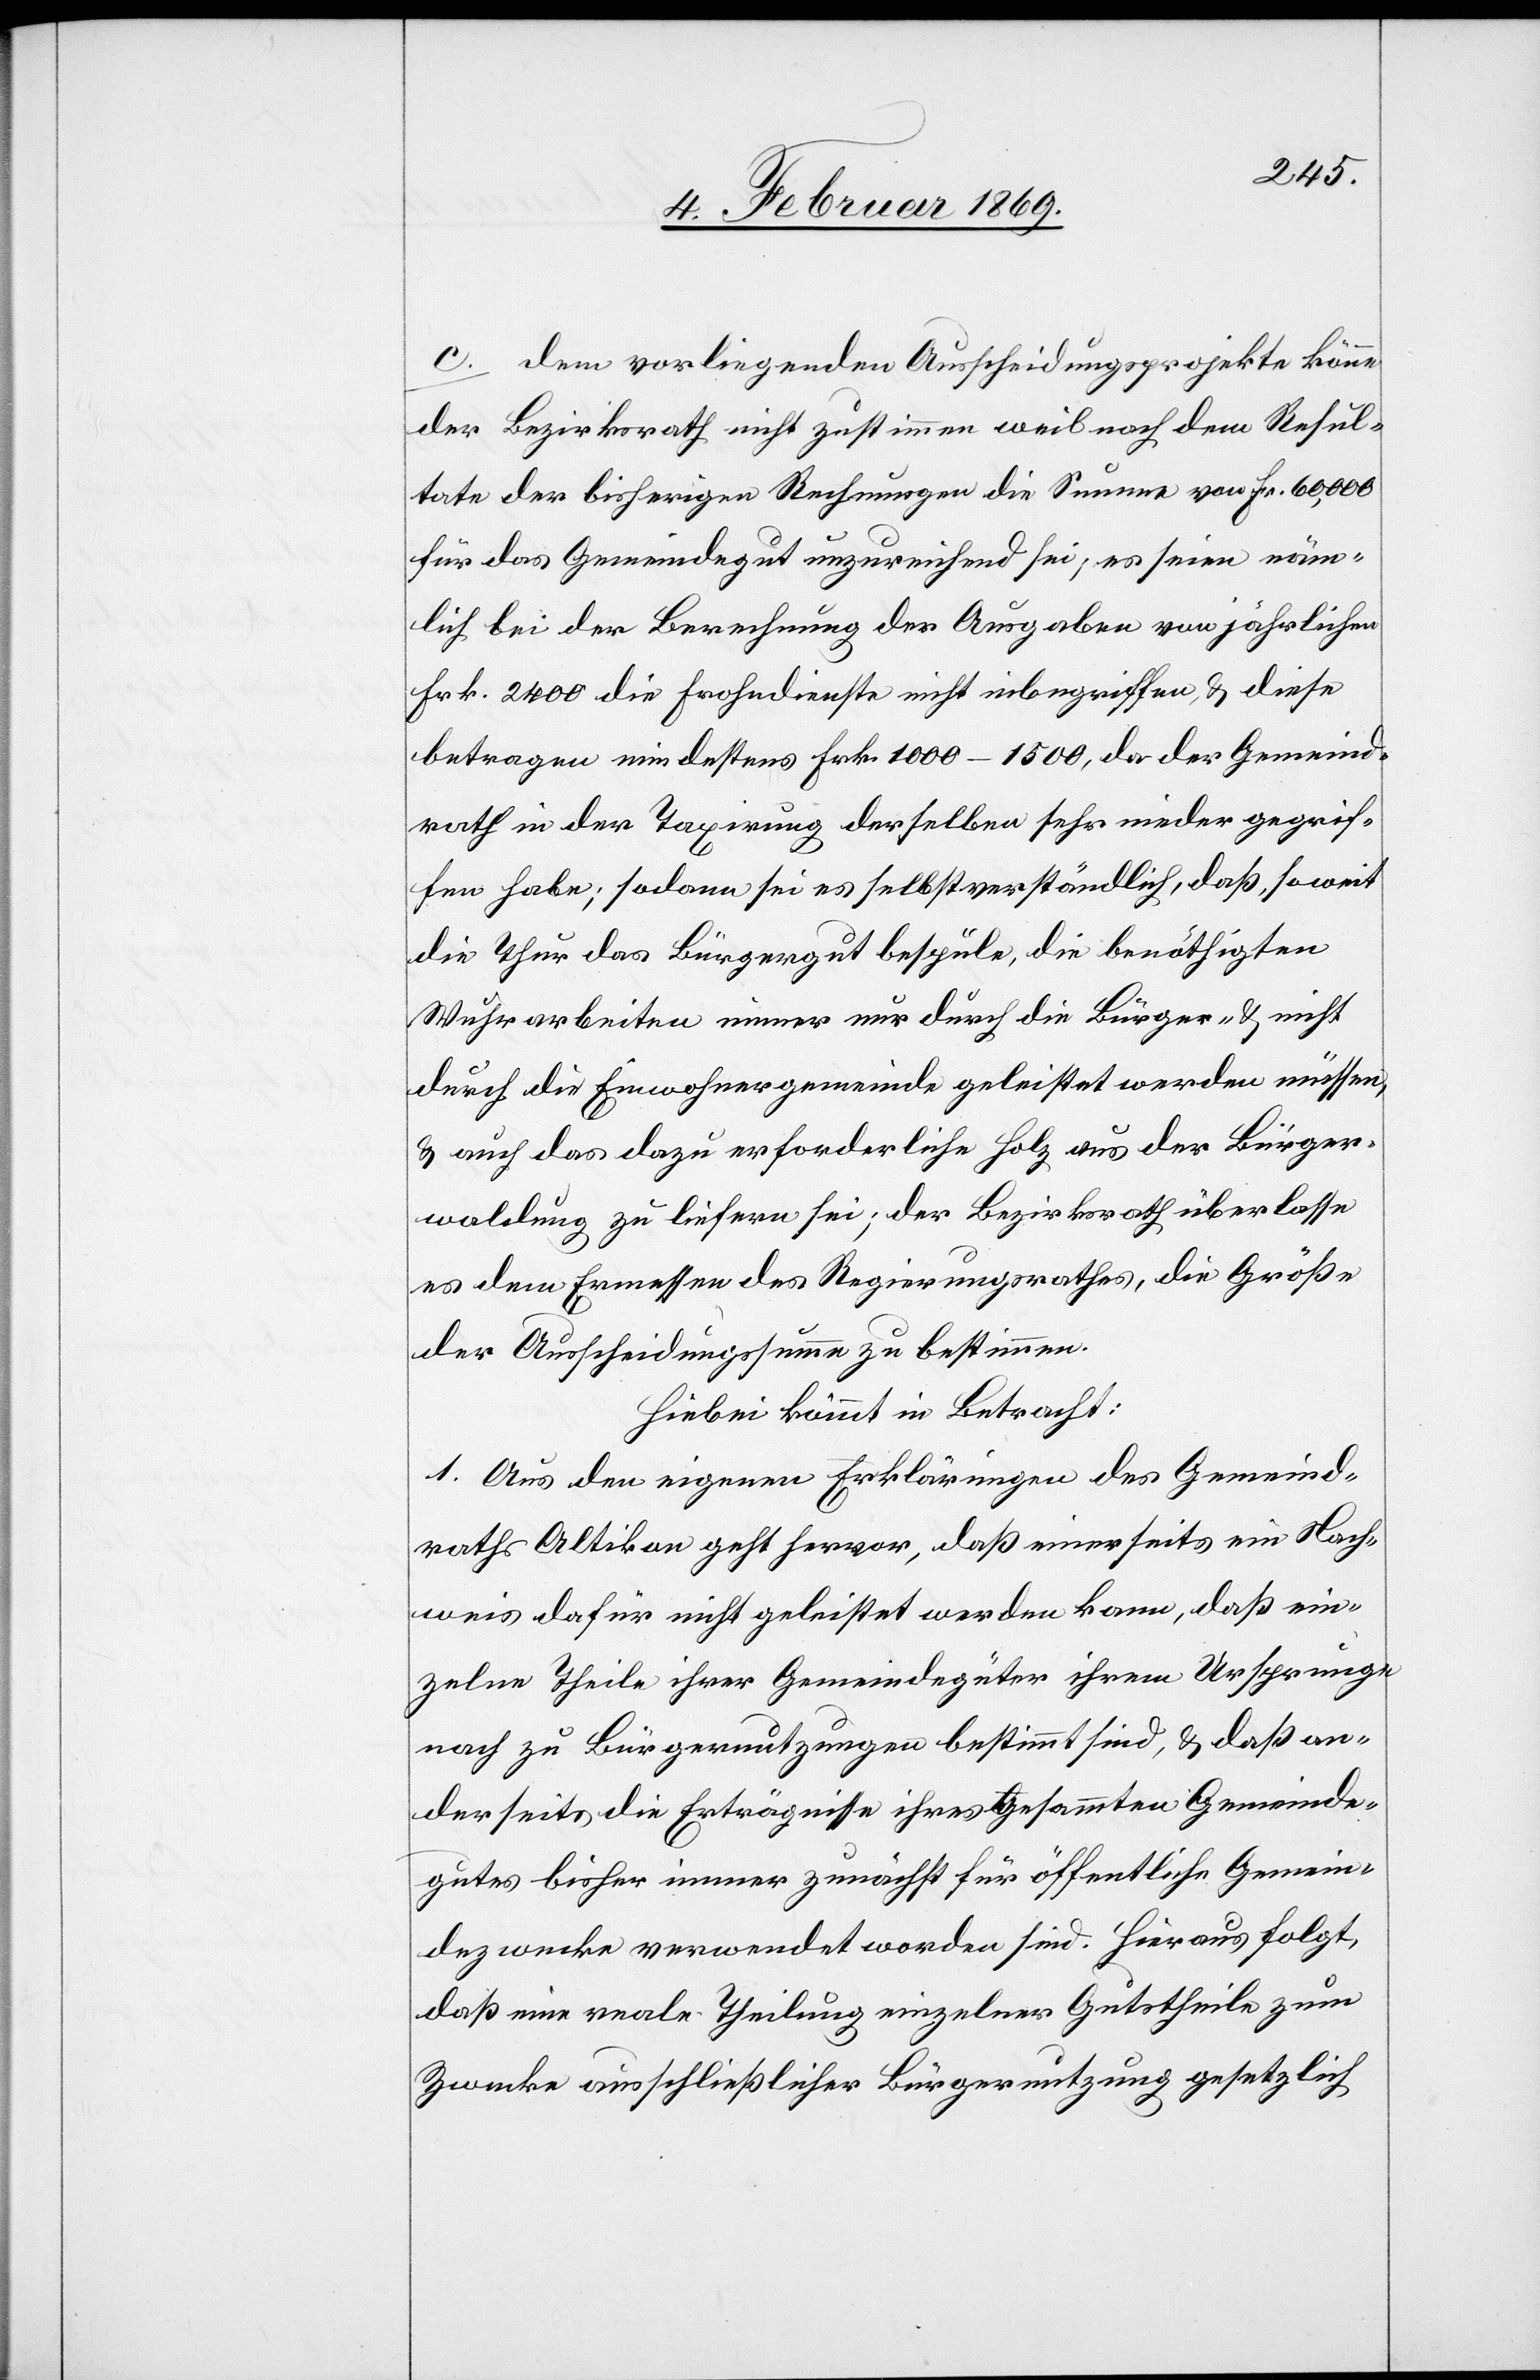
c. dem vorliegenden Ausscheidungsprojekte könne
der Bezirksrath nicht zustimmen weil nach dem Resul¬
tate der bisherigen Rechnungen die Summe von Fr. 60,000
für das Gemeindegut unzureichend sei, es seien näm¬
lich bei der Berechnung der Ausgaben von jährlichen
Frk. 2400 die Frohndienste nicht inbegriffen & diese
betragen mindestens Frk. 1000–1500, da der Gemeind¬
rath in der Taxirung derselben sehr nieder gegrif¬
fen habe, sodann sei es selbstverständlich, daß, soweit
die Thur das Bürgergut bespüle, die benöthigten
Wuhrarbeiten immer nur durch die Bürger- & nicht
durch die Einwohnergemeinde geleistet werden müssen,
& auch das dazu erforderliche Holz aus der Bürger¬
waldung zu liefern sei; der Bezirksrath überlasse
es dem Ermessen des Regierungsrathes, die Größe
der Ausscheidungssumme zu bestimmen.
Hiebei kommt in Betracht:
1. Aus den eigenen Erklärungen des Gemeind¬
raths Altikon geht hervor, daß einerseits ein Nach¬
weis dafür nicht geleistet werden kann, daß ein¬
zelne Theile ihrer Gemeindegüter ihrem Ursprunge
nach zu Bürgernutzungen bestimmt sind, & daß an¬
derseits die Erträgnisse ihres gesammten Gemeinde¬
gutes bisher immer zunächst für öffentliche Gemein¬
dezwecke verwendet worden sind. Hieraus folgt,
daß eine reale Theilung einzelner Gutstheile zum
Zwecke ausschließlicher Bürgernutzung gesetzlich